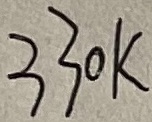
Text: 330K